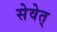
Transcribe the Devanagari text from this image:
सेवेत्